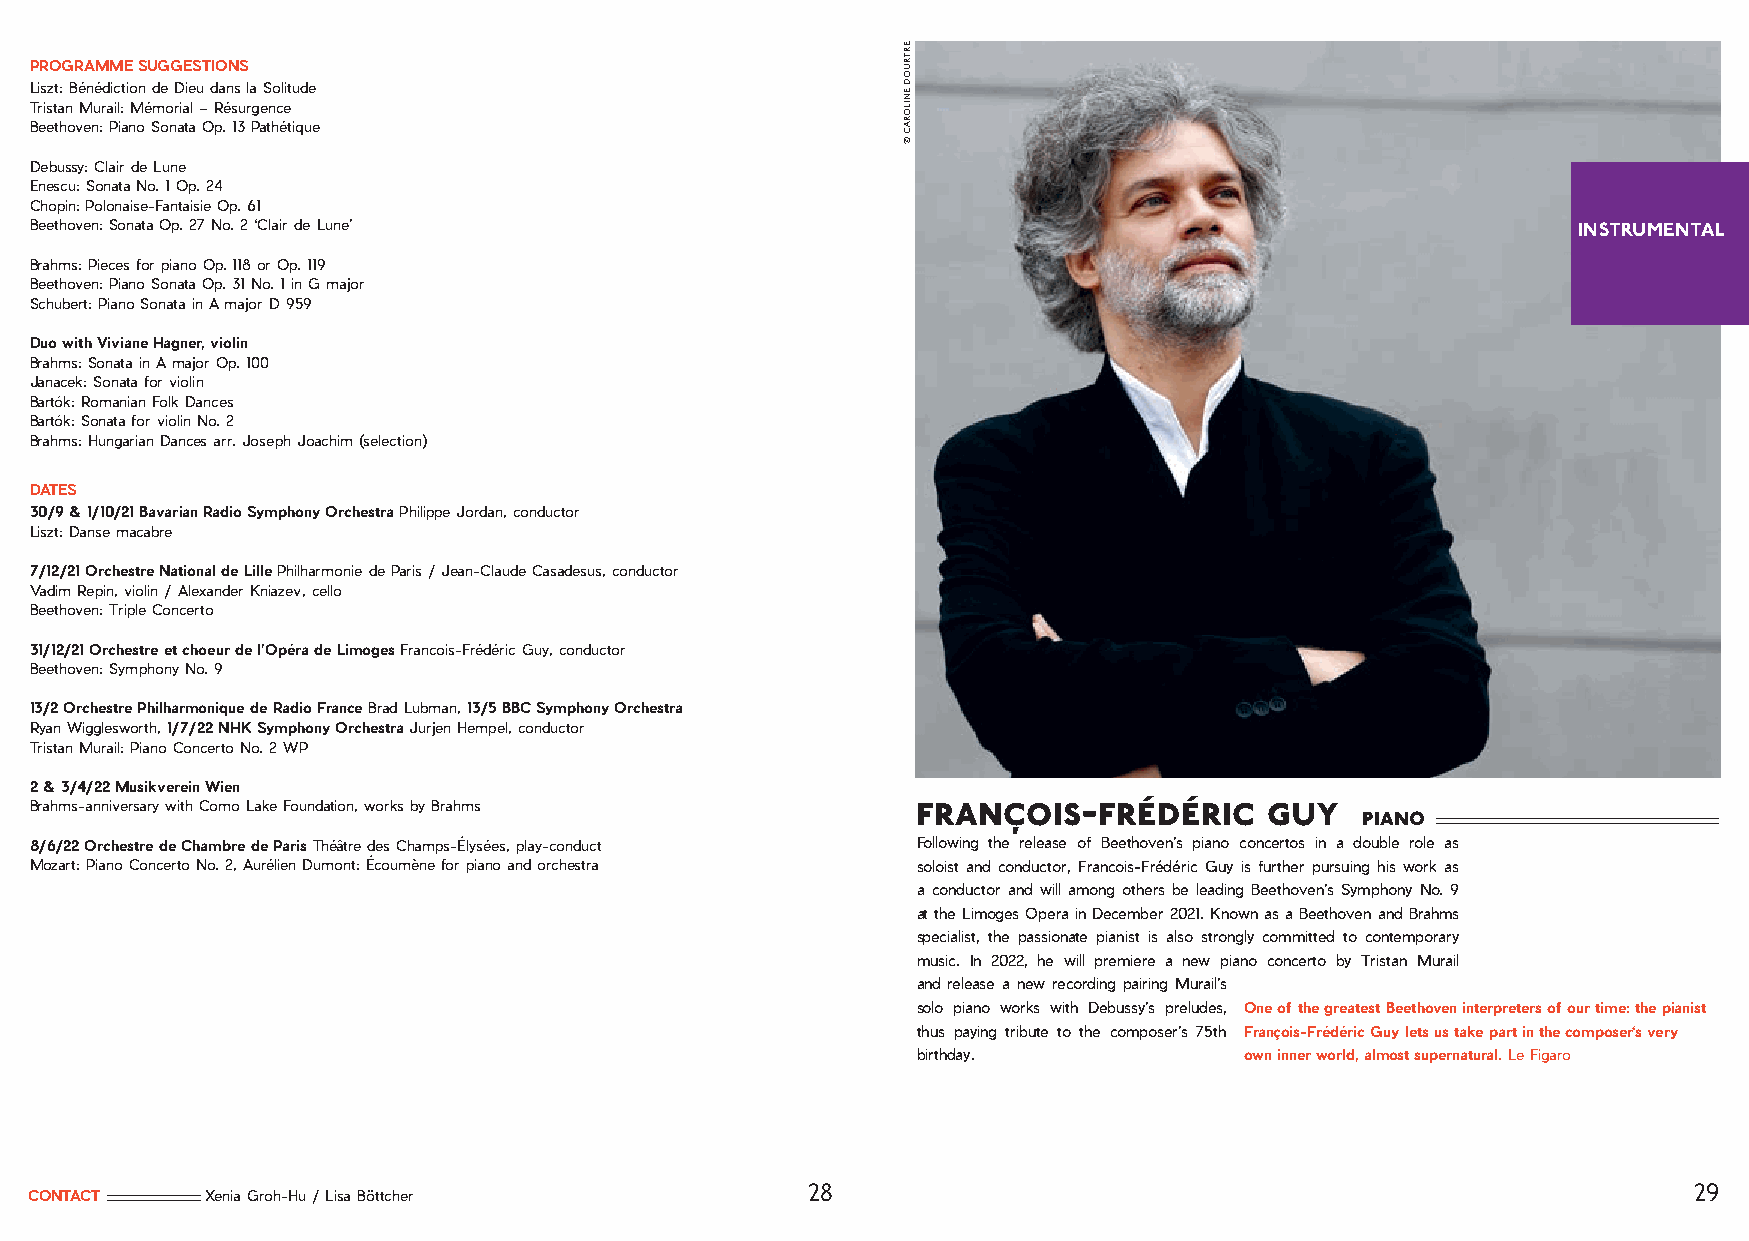
PROGRAMME SUGGESTIONS
 Liszt: Bénédiction de Dieu dans la Solitude
 Tristan Murail: Mémorial – Résurgence
 Beethoven: Piano Sonata Op. 13 Pathétique
 Debussy: Clair de Lune
 Enescu: Sonata No. 1 Op. 24
 Chopin: Polonaise-Fantaisie Op. 61
 Beethoven: Sonata Op. 27 No. 2 ‘Clair de Lune’                                                        INSTRUMENTAL
 Brahms: Pieces for piano Op. 118 or Op. 119
 Beethoven: Piano Sonata Op. 31 No. 1 in G major
 Schubert: Piano Sonata in A major D 959
 Duo with Viviane Hagner, violin
 Brahms: Sonata in A major Op. 100
 Janacek: Sonata for violin
 Bartók: Romanian Folk Dances
 Bartók: Sonata for violin No. 2
 Brahms: Hungarian Dances arr. Joseph Joachim (selection)
 DATES
 30/9 & 1/10/21 Bavarian Radio Symphony Orchestra Philippe Jordan, conductor
 Liszt: Danse macabre
 7/12/21 Orchestre National de Lille Philharmonie de Paris / Jean-Claude Casadesus, conductor
 Vadim Repin, violin / Alexander Kniazev, cello
 Beethoven: Triple Concerto
 31/12/21 Orchestre et choeur de l’Opéra de Limoges Francois-Frédéric Guy, conductor
 Beethoven: Symphony No. 9
 13/2 Orchestre Philharmonique de Radio France Brad Lubman, 13/5 BBC Symphony Orchestra
 Ryan Wigglesworth, 1/7/22 NHK Symphony Orchestra Jurjen Hempel, conductor
 Tristan Murail: Piano Concerto No. 2 WP
 2 & 3/4/22 Musikverein Wien
 Brahms-anniversary with Como Lake Foundation, works by Brahms françois-frédéric   guy
 piano
 8/6/22 Orchestre de Chambre de Paris Théâtre des Champs-Élysées, play-conduct Following the release of Beethoven’s piano concertos in a double role as
 Mozart: Piano Concerto No. 2, Aurélien Dumont: Écoumène for piano and orchestra soloist and conductor, Francois-Frédéric Guy is further pursuing his work as
 a conductor and will among others be leading Beethoven’s Symphony No. 9
 at the Limoges Opera in December 2021. Known as a Beethoven and Brahms
 specialist, the passionate pianist is also strongly committed to contemporary
 music. In 2022, he will premiere a new piano concerto by Tristan Murail
 and release a new recording pairing Murail’s
 solo piano works with Debussy’s preludes, One of the greatest Beethoven interpreters of our time: the pianist
 thus paying tribute to the composer’s 75th François-Frédéric Guy lets us take part in the composer‘s very
 birthday.            own inner world, almost supernatural. Le Figaro
 28                                                         29
 CONTACT     Xenia Groh-Hu / Lisa Böttcher
 ERTRUOD
 ENILORAC
 ©